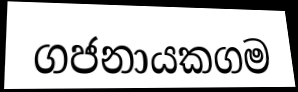
ගජනායකගම